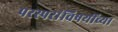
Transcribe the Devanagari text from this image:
परस्परांविषयींच्या